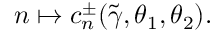
n \mapsto c _ { n } ^ { \pm } ( \widetilde { \gamma } , \theta _ { 1 } , \theta _ { 2 } ) .